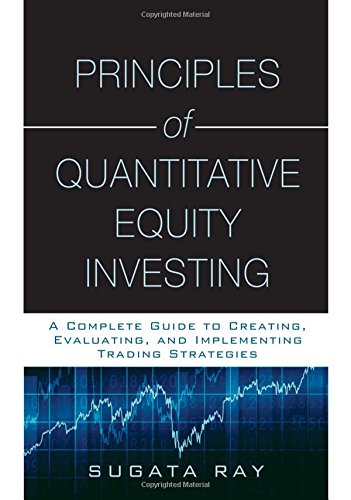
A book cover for Principles of Quantitative Equity Investing: A Complete Guide to Creating, Evaluating, and Implementing Trading Strategies; Sugata Ray; Business & Money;